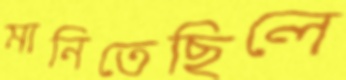
মানিতেছিলে